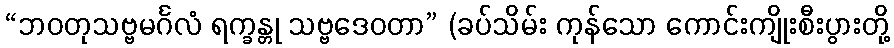
“ဘဝတုသဗ္ဗမင်္ဂလံ ရက္ခန္တု သဗ္ဗဒေဝတာ” (ခပ်သိမ်း ကုန်သော ကောင်းကျိုးစီးပွားတို့